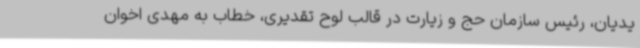
یدیان، رئیس سازمان حج و زیارت در قالب لوح تقدیری، خطاب به مهدی اخوان